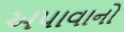
અપાવાનો